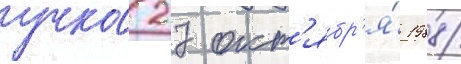
учка 27 окт'ябр'я́ 1988